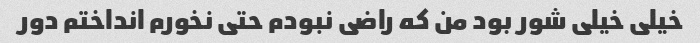
خیلی خیلی شور بود من که راضی نبودم حتی نخورم انداختم دور